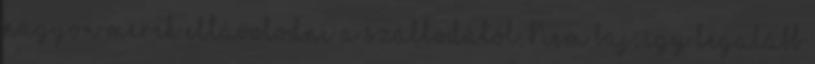
nagyon merek eltávolodni a szállodától. Nem baj, így legalább